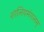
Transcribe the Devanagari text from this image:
शालियमंगलम्‌